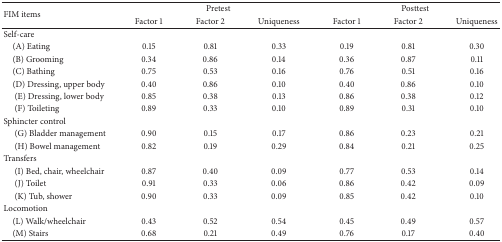
<table><thead><tr><td rowspan="2"><b>FIM items</b></td><td colspan="3"><b>Pretest</b></td><td colspan="3"><b>Posttest</b></td></tr><tr><td><b>Factor 1</b></td><td><b>Factor 2</b></td><td><b>Uniqueness</b></td><td><b>Factor 1</b></td><td><b>Factor 2</b></td><td><b>Uniqueness</b></td></tr></thead><tbody><tr><td>Self-care</td><td colspan="3"> </td><td colspan="3"> </td></tr><tr><td> (A) Eating</td><td>0.15</td><td>0.81</td><td>0.33</td><td>0.19</td><td>0.81</td><td>0.30</td></tr><tr><td> (B) Grooming</td><td>0.34</td><td>0.86</td><td>0.14</td><td>0.36</td><td>0.87</td><td>0.11</td></tr><tr><td> (C) Bathing</td><td>0.75</td><td>0.53</td><td>0.16</td><td>0.76</td><td>0.51</td><td>0.16</td></tr><tr><td> (D) Dressing, upper body</td><td>0.40</td><td>0.86</td><td>0.10</td><td>0.40</td><td>0.86</td><td>0.10</td></tr><tr><td>(E) Dressing, lower body</td><td>0.85</td><td>0.38</td><td>0.13</td><td>0.86</td><td>0.38</td><td>0.12</td></tr><tr><td>(F) Toileting</td><td>0.89</td><td>0.33</td><td>0.10</td><td>0.89</td><td>0.31</td><td>0.10</td></tr><tr><td>Sphincter control</td><td colspan="3"> </td><td colspan="3"> </td></tr><tr><td>(G) Bladder management</td><td>0.90</td><td>0.15</td><td>0.17</td><td>0.86</td><td>0.23</td><td>0.21</td></tr><tr><td>(H) Bowel management</td><td>0.82</td><td>0.19</td><td>0.29</td><td>0.84</td><td>0.21</td><td>0.25</td></tr><tr><td>Transfers</td><td colspan="3"> </td><td colspan="3"> </td></tr><tr><td>(I) Bed, chair, wheelchair</td><td>0.87</td><td>0.40</td><td>0.09</td><td>0.77</td><td>0.53</td><td>0.14</td></tr><tr><td>(J) Toilet</td><td>0.91</td><td>0.33</td><td>0.06</td><td>0.86</td><td>0.42</td><td>0.09</td></tr><tr><td>(K) Tub, shower</td><td>0.90</td><td>0.33</td><td>0.09</td><td>0.85</td><td>0.42</td><td>0.10</td></tr><tr><td>Locomotion</td><td colspan="3"> </td><td colspan="3"> </td></tr><tr><td> (L) Walk/wheelchair</td><td>0.43</td><td>0.52</td><td>0.54</td><td>0.45</td><td>0.49</td><td>0.57</td></tr><tr><td> (M) Stairs</td><td>0.68</td><td>0.21</td><td>0.49</td><td>0.76</td><td>0.17</td><td>0.40</td></tr></tbody></table>